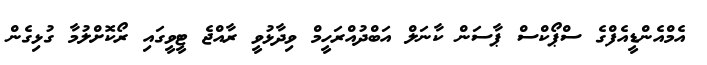
އެމްއެންޑީއެފްގެ ސްޕޯކްސް ޕާސަން ކާނަލް އަބްދުއްރަހީމް ވިދާޅުވީ ރާއްޖެ ޓީވީގައި ރޯކޮށްލުމާ ގުޅިގެން